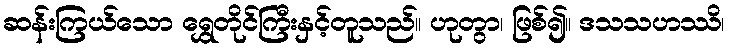
ဆန်းကြယ်သော ရွှေတိုင်ကြီးနှင့်တူသည်။ ဟုတွာ၊ ဖြစ်၍။ ဒသသဟဿိ၊